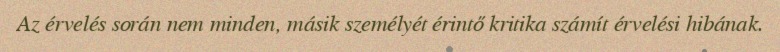
Az érvelés során nem minden, másik személyét érintő kritika számít érvelési hibának.